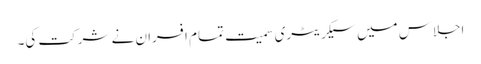
اجلاس میں سیکریٹری سمیت تمام افسران نے شرکت کی۔